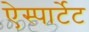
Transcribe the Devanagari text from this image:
ऐस्पार्टेट